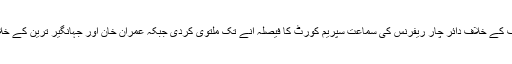
الیکشن کمیشن نے وزیر اعظم نواز شریف کے خلاف دائر چار ریفرنس کی سماعت سپریم کورٹ کا فیصلہ آنے تک ملتوی کردی جبکہ عمران خان اور جہانگیر ترین کے خلاف دائر تین درخواستوں کو خارج کردیا۔